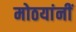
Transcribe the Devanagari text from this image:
मोठयांनीं